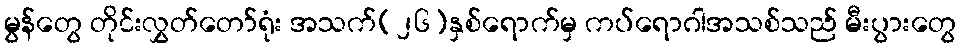
မွန်တွေ တိုင်းလွှတ်တော်ရုံး အသက်(၂၆)နှစ်ရောက်မှ ကပ်ရောဂါအသစ်သည် မီးပွားတွေ